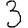
Digit: 3